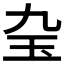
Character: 𤣬